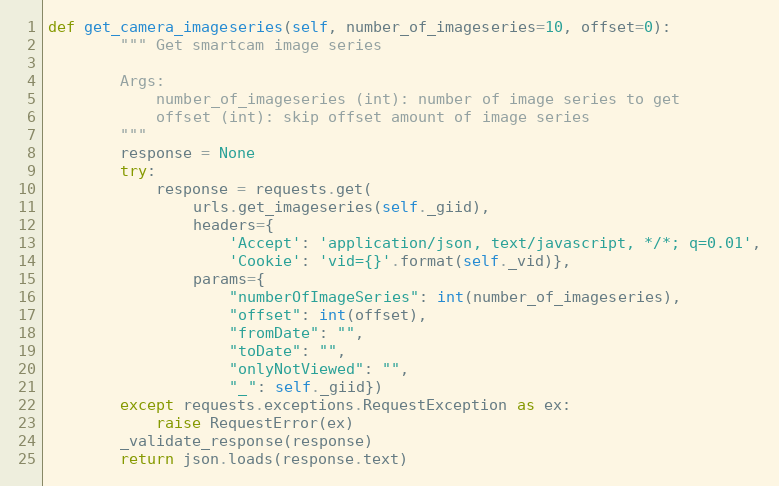
Language: Python
def get_camera_imageseries(self, number_of_imageseries=10, offset=0):
        """ Get smartcam image series

        Args:
            number_of_imageseries (int): number of image series to get
            offset (int): skip offset amount of image series
        """
        response = None
        try:
            response = requests.get(
                urls.get_imageseries(self._giid),
                headers={
                    'Accept': 'application/json, text/javascript, */*; q=0.01',
                    'Cookie': 'vid={}'.format(self._vid)},
                params={
                    "numberOfImageSeries": int(number_of_imageseries),
                    "offset": int(offset),
                    "fromDate": "",
                    "toDate": "",
                    "onlyNotViewed": "",
                    "_": self._giid})
        except requests.exceptions.RequestException as ex:
            raise RequestError(ex)
        _validate_response(response)
        return json.loads(response.text)